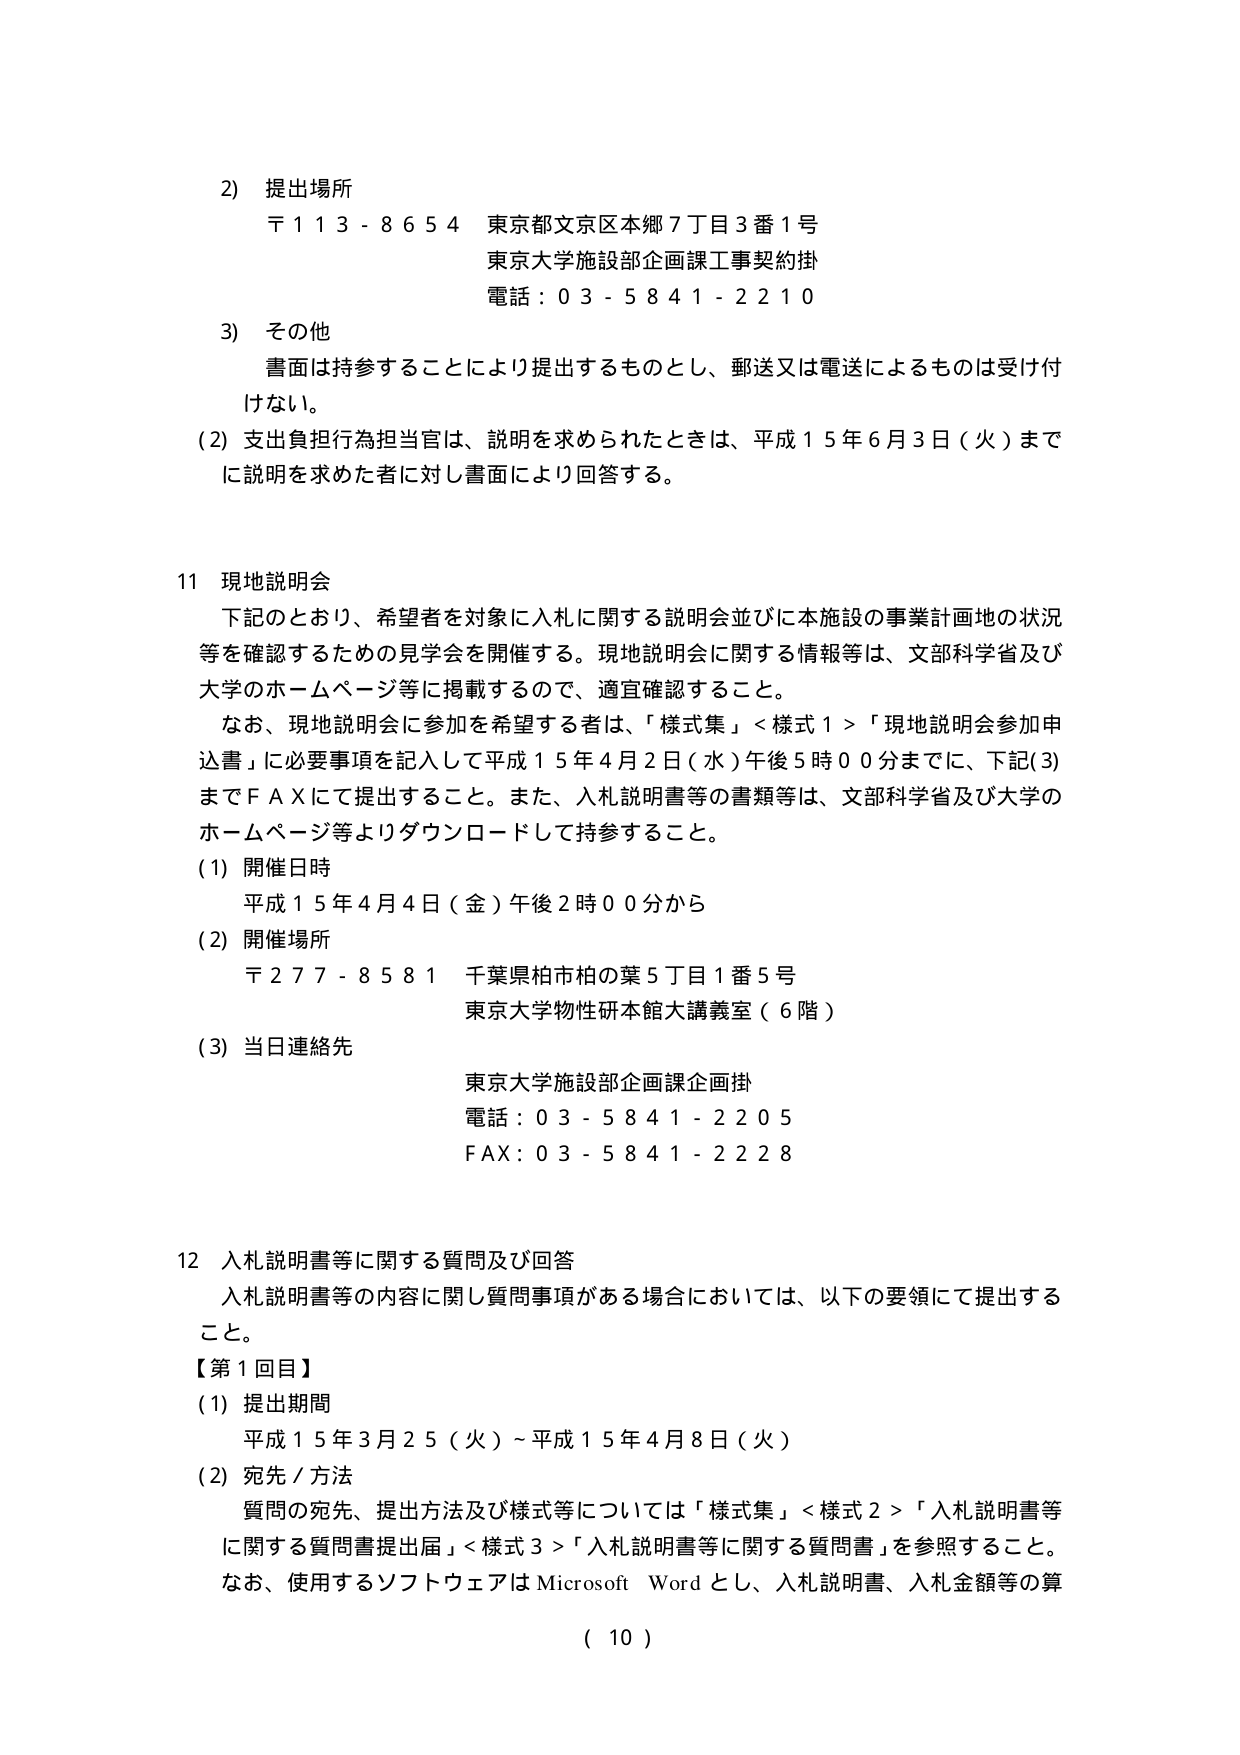
2) 提出場所
〒113-8654 東京都文京区本郷7丁目3番1号
東京大学施設部企画課工事契約掛
電話：03-5841-2210

3) その他
書面は持参することにより提出するものとし、郵送又は電送によるものは受け付けない。
(2) 支出負担行為担当官は、説明を求められたときは、平成15年6月3日（火）までに説明を求めた者に対し書面により回答する。

11 現地説明会
下記のとおり、希望者を対象に入札に関する説明会並びに本施設の事業計画地の状況等を確認するための見学会を開催する。現地説明会に関する情報等は、文部科学省及び大学のホームページ等に掲載するので、適宜確認すること。
なお、現地説明会に参加を希望する者は、「様式集」＜様式1＞「現地説明会参加申込書」に必要事項を記入して平成15年4月2日（水）午後5時00分までに、下記(3)までFAXにて提出すること。また、入札説明書等の書類等は、文部科学省及び大学のホームページ等よりダウンロードして持参すること。
(1) 開催日時
平成15年4月4日（金）午後2時00分から
(2) 開催場所
〒277-8581 千葉県柏市柏の葉5丁目1番5号
東京大学物性研本館大講義室（6階）
(3) 当日連絡先
東京大学施設部企画課企画掛
電話：03-5841-2205
FAX：03-5841-2228

12 入札説明書等に関する質問及び回答
入札説明書等の内容に関し質問事項がある場合においては、以下の要領にて提出すること。
【第1回目】
(1) 提出期間
平成15年3月25日（火）～平成15年4月8日（火）
(2) 宛先／方法
質問の宛先、提出方法及び様式等については「様式集」＜様式2＞「入札説明書等に関する質問書提出届」＜様式3＞「入札説明書等に関する質問書」を参照すること。
なお、使用するソフトウェアはMicrosoft Wordとし、入札説明書、入札金額等の算
（10）